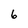
Character: 6